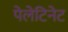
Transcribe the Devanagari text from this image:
पेलेटिनेट